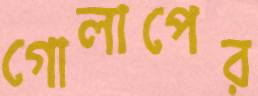
গোলাপের